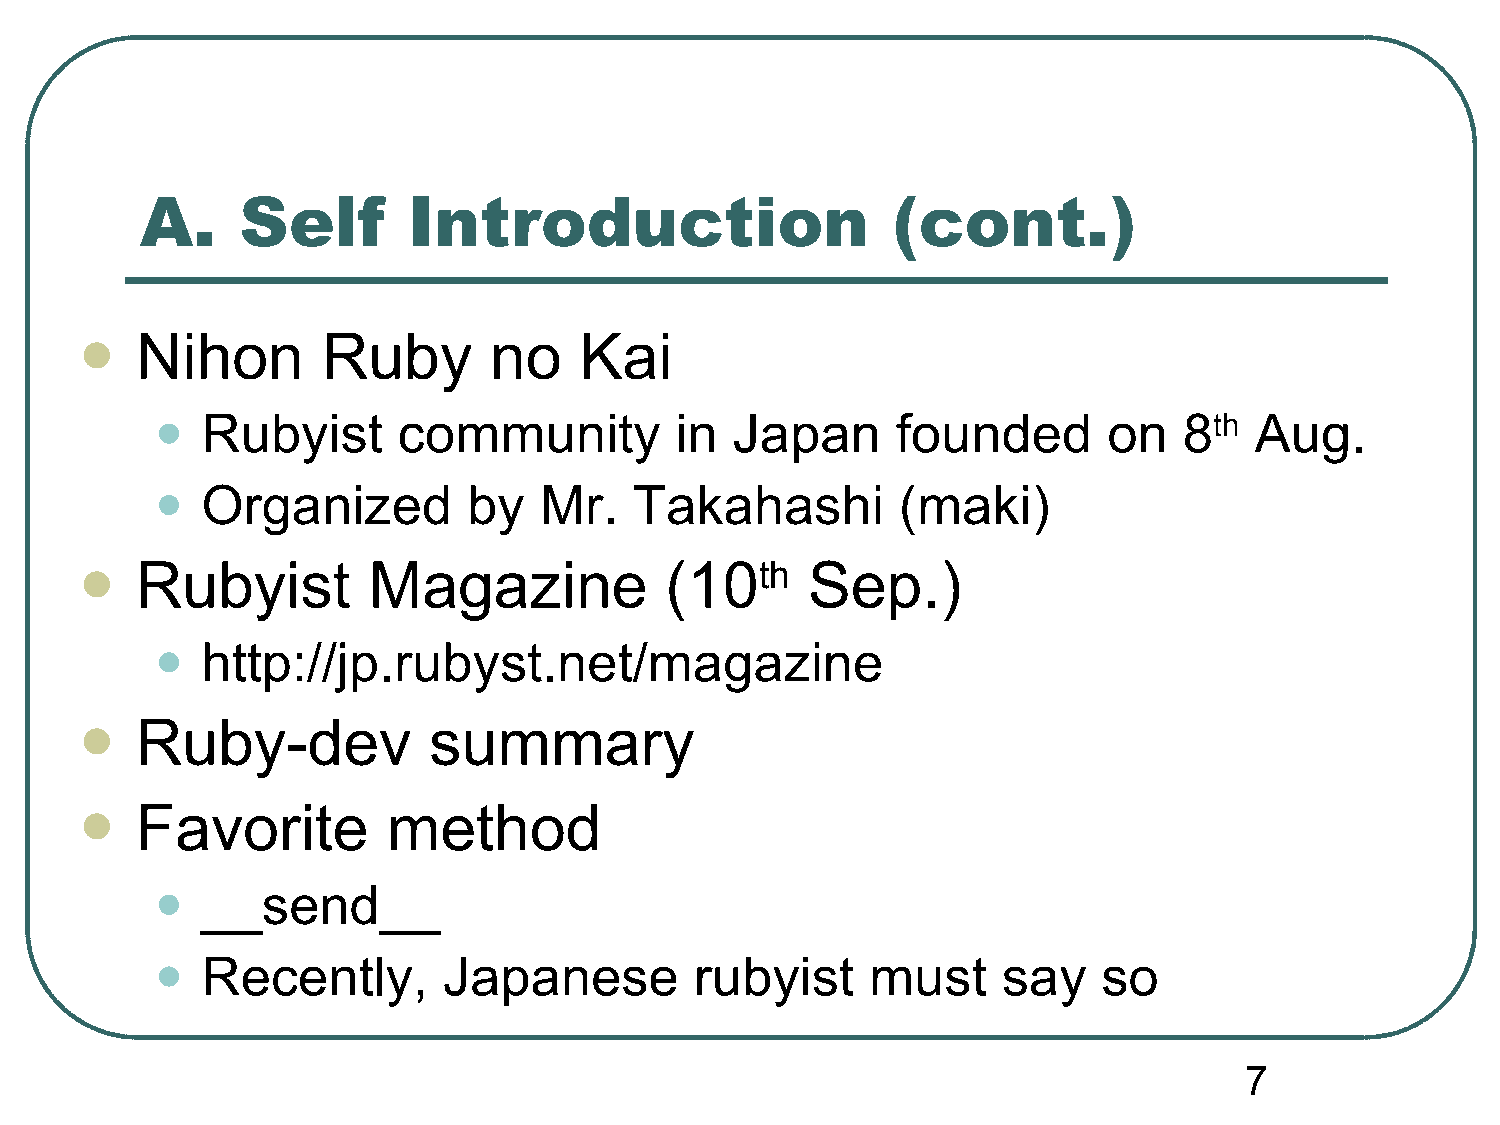
A.     Self       Introduction                    (cont.)
 Nihon       Ruby       no    Kai
 
 •
 Rubyist      community          in  Japan     founded       on   8th  Aug.
 •
 Organized         by   Mr.   Takahashi         (maki)
 Rubyist        Magazine            (10th    Sep.)
 
 •
 http://jp.rubyst.net/magazine
 Ruby-dev           summary
 
 Favorite         method
 
 •
 __send__
 •
 Recently,       Japanese         rubyist     must    say    so
 7